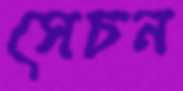
সেচন